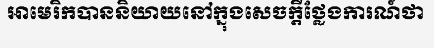
អាមេរិកបាននិយាយនៅក្នុងសេចក្តីថ្លែងការណ៍ថា